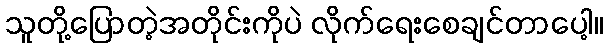
သူတို့ပြောတဲ့အတိုင်းကိုပဲ လိုက်ရေးစေချင်တာပေါ့။